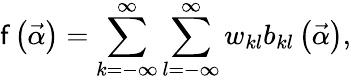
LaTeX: \mathsf{f}\left(\vec{{\alpha}}\right)=\sum_{k=-\infty}^{\infty}\sum_{l=-\infty}^{\infty}w_{kl}b_{kl}\left(\vec{{\alpha}}\right),